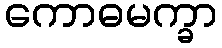
ကောဓမက္ခာ